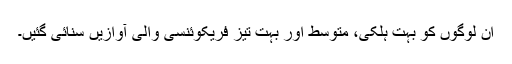
ان لوگوں کو بہت ہلکی، متوسط اور بہت تیز فریکوئنسی والی آوازیں سنائی گئیں۔